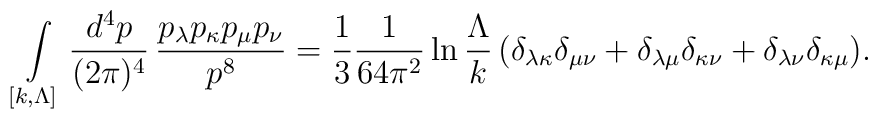
\int\limits_{[k,\Lambda]} \frac{d^4p}{(2\pi)^4} \, \frac{p_\lambda p_\kappa p_\mu  p_\nu}{p^8} =\frac{1}{3} \frac{1}{64\pi^2} \ln \frac{\Lambda}{k}\,\bigl( \delta_{\lambda\kappa}\delta_{\mu\nu} +\delta_{\lambda\mu}\delta_{\kappa\nu} +\delta_{\lambda\nu}\delta_{\kappa\mu}\bigr).